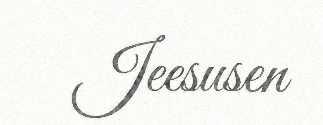
Jeesusen